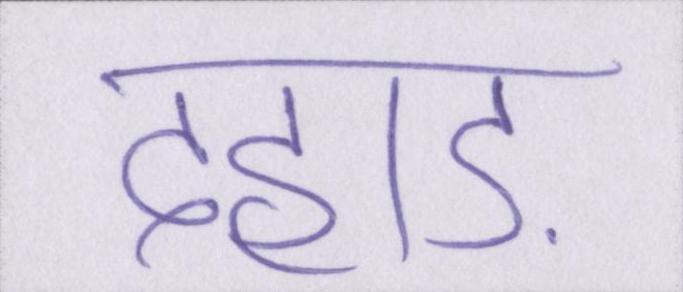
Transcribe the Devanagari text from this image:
दहाड़